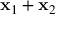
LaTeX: \mathbf { x } _ { 1 } + \mathbf { x } _ { 2 }